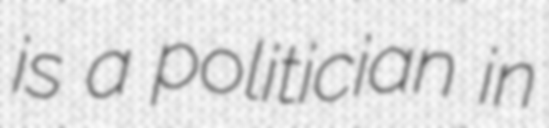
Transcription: is a politician in